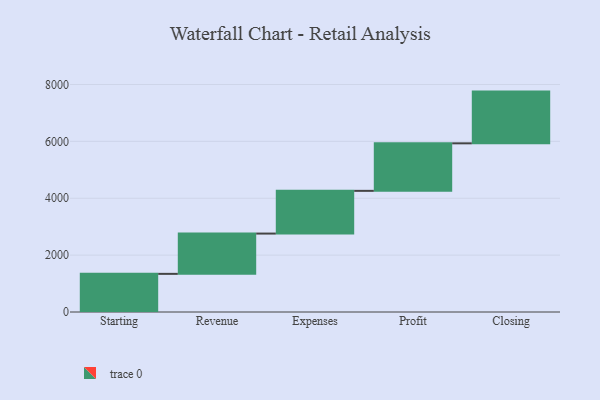
{"axis": {"x": "Step", "y": "Value"}, "legend": [""], "data": [{"x": "Starting", "y": 1341.0, "type": ""}, {"x": "Revenue", "y": 1417.0, "type": ""}, {"x": "Expenses", "y": 1502.0, "type": ""}, {"x": "Profit", "y": 1671.0, "type": ""}, {"x": "Closing", "y": 1819.0, "type": ""}]}